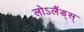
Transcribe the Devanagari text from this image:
लोऽलैंड्स्